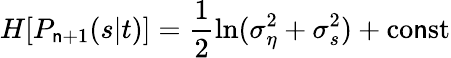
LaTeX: H[P_{\mathsf{n}+1}(s|t)]=\frac{{1}}{{2}}\ln(\sigma_{\eta}^{2}+\sigma_{s}^{2})+\mathrm{{co\mathsf{n}st}}